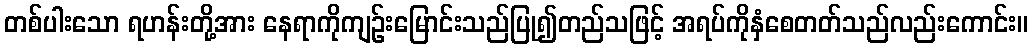
တစ်ပါးသော ရဟန်းတို့အား နေရာကိုကျဉ်းမြောင်းသည်ပြု၍တည်သဖြင့် အရပ်ကိုနှံစေတတ်သည်လည်းကောင်း။